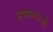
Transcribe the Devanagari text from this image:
प्लवकभोजी